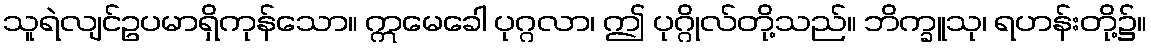
သူရဲလျင်ဥပမာရှိကုန်သော။ ဣမေခေါ ပုဂ္ဂလာ၊ ဤ ပုဂ္ဂိုလ်တို့သည်။ ဘိက္ခူသု၊ ရဟန်းတို့၌။